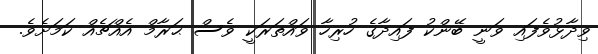
ވިދާޅުވެފައި ވަނީ ބޭންކު ފައިދާގެ ހުރިހާ ވައްތަރަކީ ވެސް ޙަރާމް އެއްޗެއް ކަމަށެވެ.